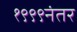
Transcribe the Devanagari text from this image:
१९९९नंतर